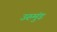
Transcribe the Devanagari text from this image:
उरुमुंड